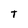
Character: T